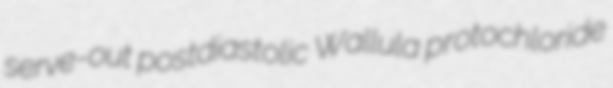
serve-out postdiastolic Wallula protochloride